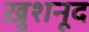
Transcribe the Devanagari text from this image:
ख़ुशनूद